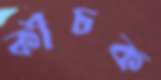
কীচক